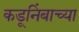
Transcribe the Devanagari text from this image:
कडूनिंबाच्या